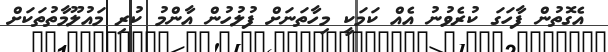
އެގޮތުން ފާހަގަ ކުރެވުނު އެއް ކަމަކީ މިހާތަނަށް ފުލުހުން އާންމު ކުރި މައުލޫމާތުތަކަށް